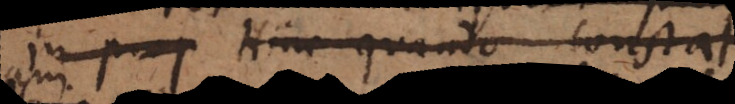
In prop Hinc quando constat